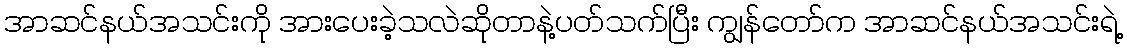
အာဆင်နယ်အသင်းကို အားပေးခဲ့သလဲဆိုတာနဲ့ပတ်သက်ပြီး ကျွန်တော်က အာဆင်နယ်အသင်းရဲ့